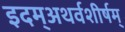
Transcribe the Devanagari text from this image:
इदम्‌अथर्वशीर्षम्‌